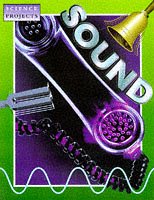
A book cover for Sound (Science Projects); Simon De Pinna; Children's Books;